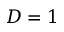
D = 1